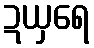
ဍယှရေ